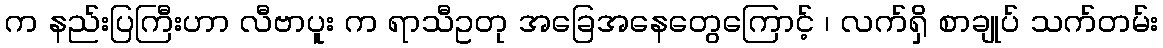
က နည်းပြကြီးဟာ လီဗာပူး က ရာသီဥတု အခြေအနေတွေကြောင့် ၊ လက်ရှိ စာချုပ် သက်တမ်း